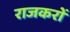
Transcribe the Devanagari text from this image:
राजकरों